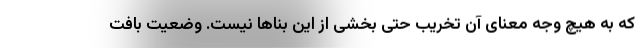
که به هیچ وجه معنای آن تخریب حتی بخشی از این بناها نیست. وضعیت بافت